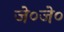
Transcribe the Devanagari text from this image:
जे०जे०